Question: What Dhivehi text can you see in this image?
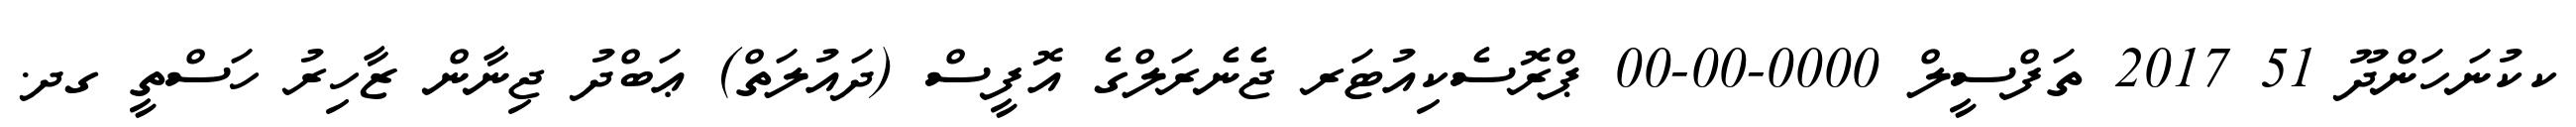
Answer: ކކުނަހަންދޫ 51 2017 ތަފްސީލް 0000-00-00 ޕްރޮސެކިއުޓަރ ޖެނެރަލްގެ އޮފީސް (ދައުލަތް) ޢަބްދު ޖިނާން ޒާހިރު ހަސްތީ ގދ.